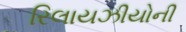
રિલાયઝીયોની